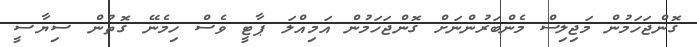
ގޮންޖަހަމުން މަޖިލިސް މެންބަރުންނަށް ގޮންޖަހަމުން އަމިއްލަ ޕާޓީ ވެސް ހިމެނޭ ގޮތުން ސިޔާސީ